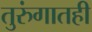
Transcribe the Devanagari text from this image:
तुरुंगातही